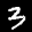
Label: 3